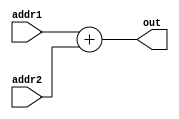
module Add
#(parameter DATA_WIDTH=32)
(
 input [(DATA_WIDTH-1):0] addr1, addr2,
 output [(DATA_WIDTH-1):0] out
);

 assign out = addr1 + addr2;
endmodule